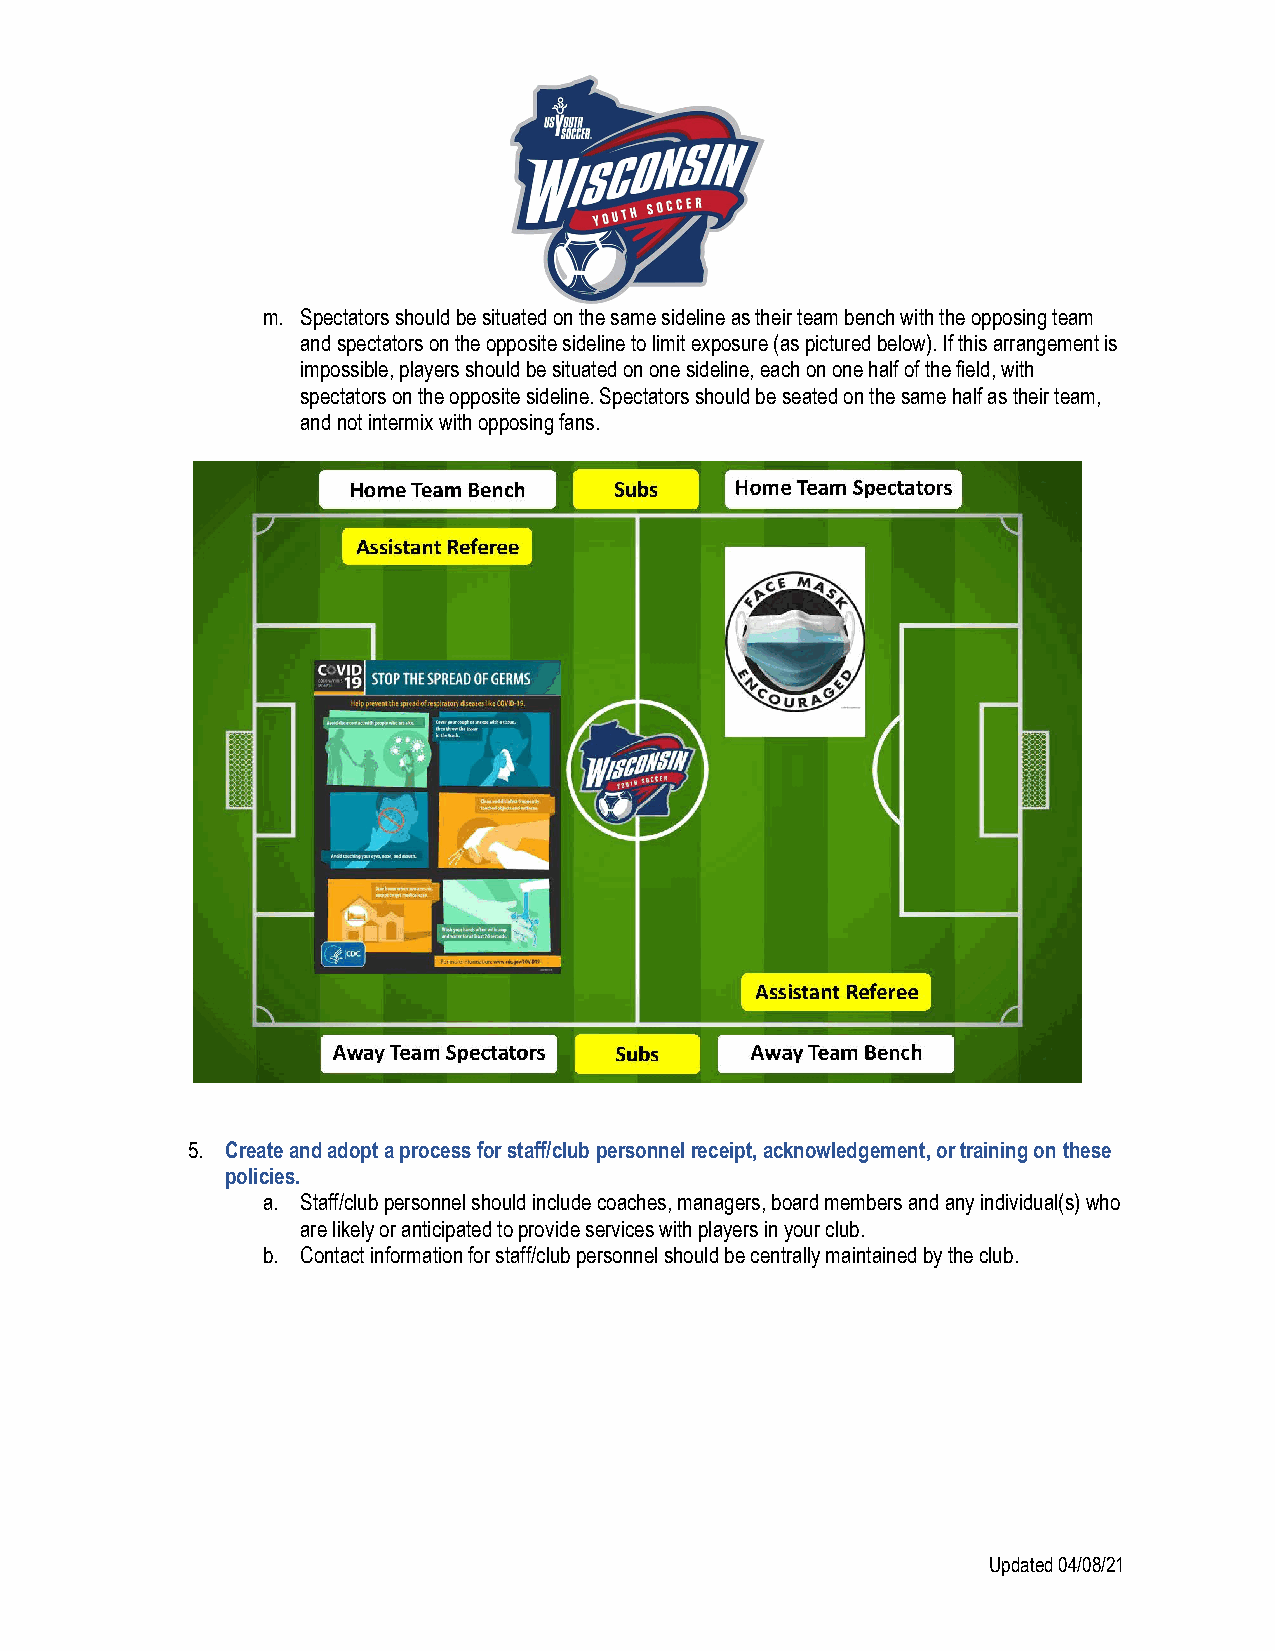
m. Spectators should be situated on the same sideline as their team bench with the opposing team
 and spectators on the opposite sideline to limit exposure (as pictured below). If this arrangement is
 impossible, players should be situated on one sideline, each on one half of the field, with
 spectators on the opposite sideline. Spectators should be seated on the same half as their team,
 and not intermix with opposing fans.
 5. Create and adopt a process for staff/club personnel receipt, acknowledgement, or training on these
 policies.
 a. Staff/club personnel should include coaches, managers, board members and any individual(s) who
 are likely or anticipated to provide services with players in your club.
 b. Contact information for staff/club personnel should be centrally maintained by the club.
 Updated 04/08/21